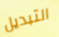
التبديل